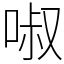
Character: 𠴫